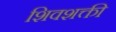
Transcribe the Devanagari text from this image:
शिवशक्ती